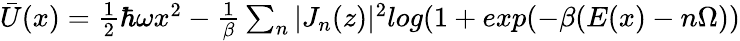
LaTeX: \begin{array}{r}{\bar{U}(x)=\frac{1}{2}\hbar\omega x^{2}-\frac{1}{\beta}\sum_{n}|J_{n}(z)|^{2}log(1+exp(-\beta(E(x)-n\Omega))}\end{array}